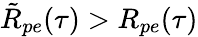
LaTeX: \tilde{R}_{pe}(\tau)>R_{pe}(\tau)